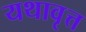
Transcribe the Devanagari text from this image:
यथावृत्त